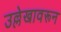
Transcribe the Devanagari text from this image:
उल्लेखावरून